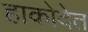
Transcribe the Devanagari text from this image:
हाकोदेत